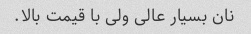
نان بسیار عالی ولی با قیمت بالا.